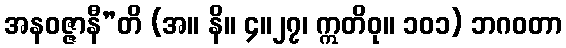
အနဝဇ္ဇာနီ”တိ (အ။ နိ။ ၄။၂၇၊ ဣတိဝု။ ၁၀၁) ဘဂဝတာ